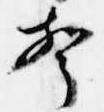
聲